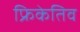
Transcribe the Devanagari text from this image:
फ्रिकेतिव